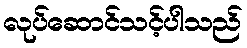
လုပ်ဆောင်သင့်ပါသည်